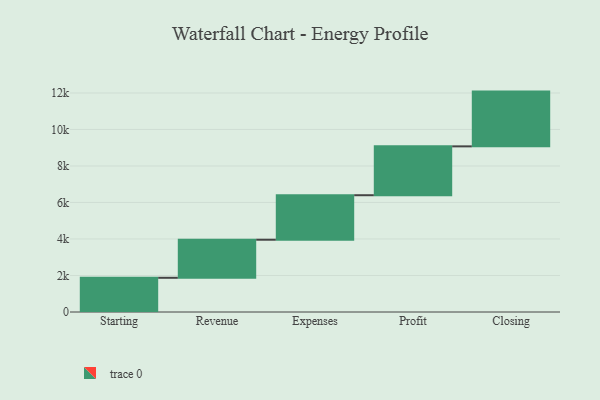
{"axis": {"x": "Step", "y": "Value"}, "legend": [""], "data": [{"x": "Starting", "y": 1874.0, "type": ""}, {"x": "Revenue", "y": 2086.0, "type": ""}, {"x": "Expenses", "y": 2438.0, "type": ""}, {"x": "Profit", "y": 2677.0, "type": ""}, {"x": "Closing", "y": 3000, "type": ""}]}